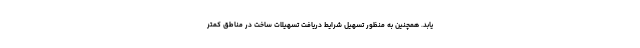
یابد. همچنین به منظور تسهیل شرایط دریافت تسهیلات ساخت در مناطق کمتر